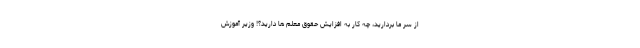
از سر ما بردارید، چه کار به افزایش حقوق معلم ها دارید؟! وزیر آموزش